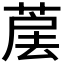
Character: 𦳰